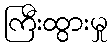
ကြီးထွားမှု